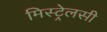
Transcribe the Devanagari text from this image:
मिस्ट्रेलसी